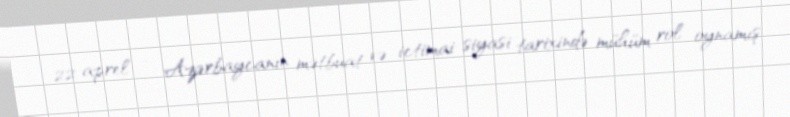
22 aprel - Azərbaycanın mətbuat və ictimai-siyasi tarixində mühüm rol oynamış